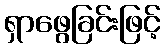
ရှာဖွေခြင်းဖြင့်